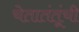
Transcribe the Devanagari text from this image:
चेतातंतूंची